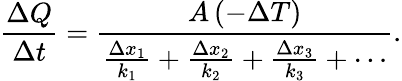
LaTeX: {\big.}{\frac{\Delta Q}{\Delta t}}={\frac{A\, (-\Delta T)}{{\frac{\Delta x_{1}}{k_{1}}}+{\frac{\Delta x_{2}}{k_{2}}}+{\frac{\Delta x_{3}}{k_{3}}}+\cdots}}.